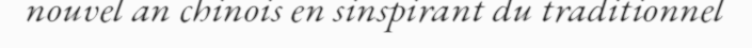
nouvel an chinois en sinspirant du traditionnel